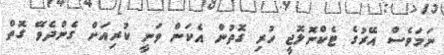
ނަމަވެސް އޭރުގެ ޓެކްނޮލޮޖީ ހުރި ގޮތުން އެކަން ވަނީ ކުރިއަށް ގެންދެވޭ ގޮތް